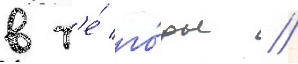
в т'е́ го́ды //